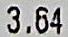
3.64